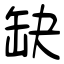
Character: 缺